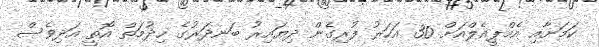
ކަމަށާއި އެމްޕީއެލްއަށް 30 އަހަރު ފުރިގެން ދިޔައިރު ބަނދަރުގެ ހިދުމަތް އޮތީ އަދިވެސް